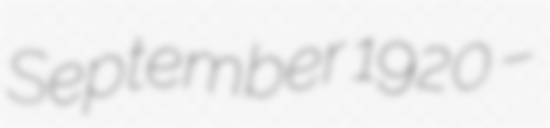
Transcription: September 1920 –